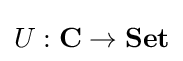
U:\mathbf {C} \to \mathbf {Set}